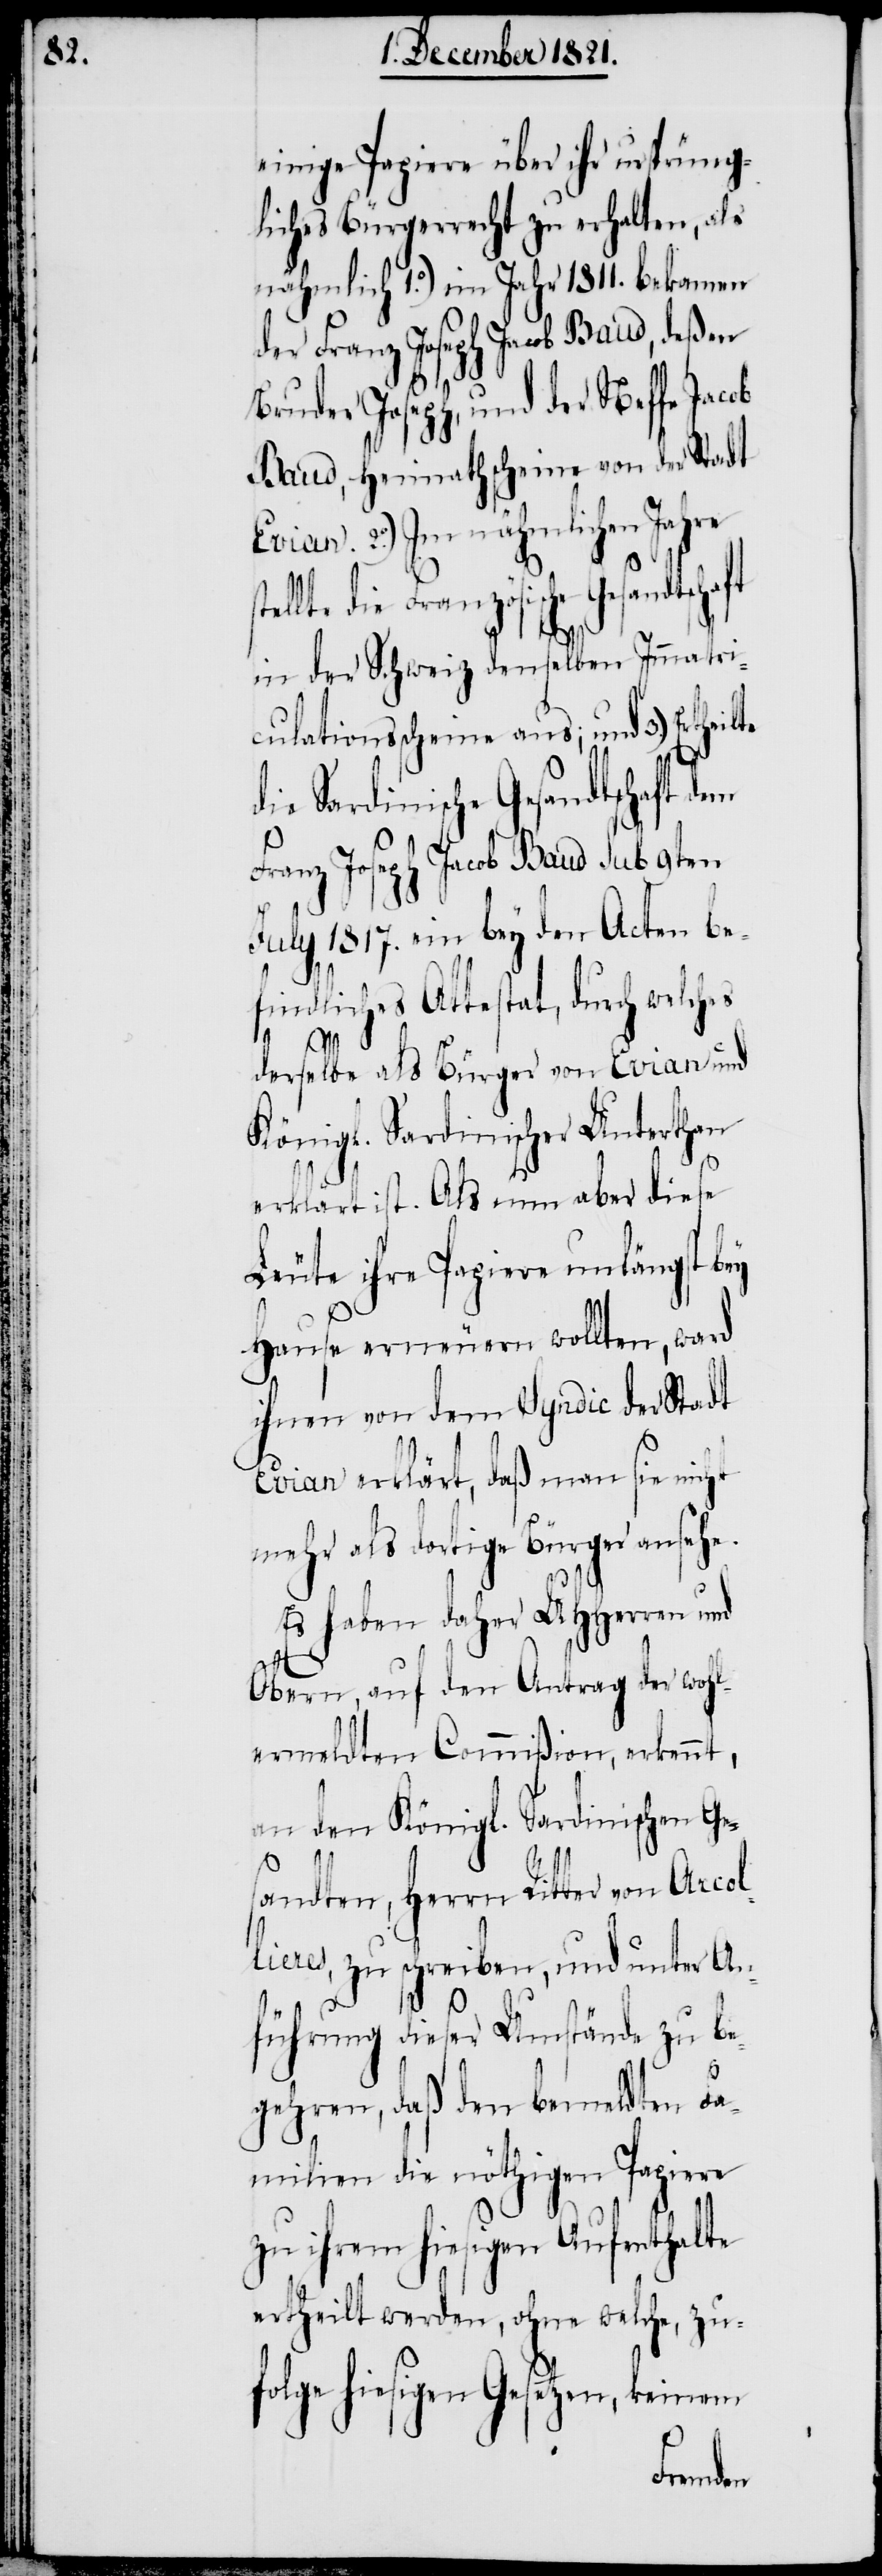
einige Papiere über ihr ursprüng¬
liches Bürgerrecht zu erhalten, als
nähmlich 1o.) im Jahr 1811. bekamen
der Franz Joseph Jacob Baud, deßen
Bruder Joseph, und der Neffe Jacob
Baud, Heimathscheine von der Stadt
Evian. 2o.) Im nähmlichen Jahre
ellte die Französische
in der Schweiz denselben Immatri¬
culationsscheine aus; und 3.) Erthe¬
die Sardinische Gesandtschaft
Franz Joseph Jacob Baud sub 9ten
July 1817. ein bey den Acten be¬
findliches Attestat, durch welches
derselbe als Bürger von Evian und
Königl. Sardinischer Unterthan
erklärt ist. Als nun aber diese
Leute ihre Papiere unlängst bey
Hause erneuern wollten, ward
ihnen von dem Syndic der Stadt
Evian erklärt, daß man sie ni¬
mehr als dortige Bürger ansehe.
Es haben daher UHHerren und
Obern, auf den Antrag der wohl¬
ermeldten Commißion, erkennt,
an den Königl. Sardinischen Ge¬
s¬
andten, Herrn Ritter von
lieres, zu schreiben, und unter An¬
führung dieser Umstände zu be¬
gehren, daß den bemeldten Fa¬
milien die nöthigen Papiere
zu ihrem hiesigen Aufenthalte
ertheilt werden, ohne welche, zuf¬
olge hiesigen Gesetzen, keinem
Arcol¬